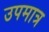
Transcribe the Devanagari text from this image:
उपमात्र